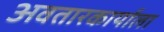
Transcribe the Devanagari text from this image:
अवतारकार्याला